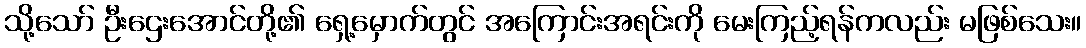
သို့သော် ဦးဌေးအောင်တို့၏ ရှေ့မှောက်တွင် အကြောင်းအရင်းကို မေးကြည့်ရန်ကလည်း မဖြစ်သေး။